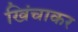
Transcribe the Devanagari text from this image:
खिंचाकर